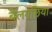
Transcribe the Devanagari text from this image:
बेलगछिया